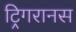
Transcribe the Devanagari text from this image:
ट्रिगरानस